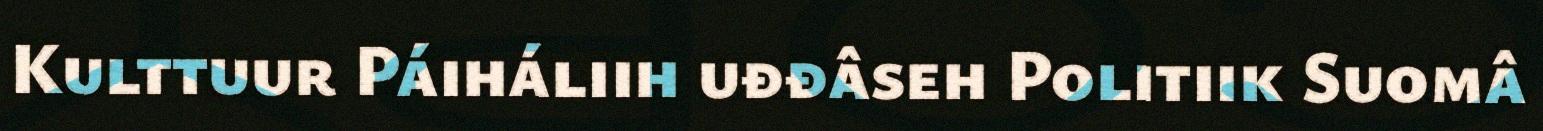
Kulttuur Páiháliih uđđâseh Politiik Suomâ